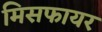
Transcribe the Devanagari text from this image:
मिसफायर